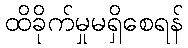
ထိခိုက်မှုမရှိစေရန်